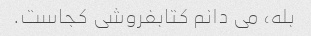
بله، می دانم کتابفروشی کجاست.